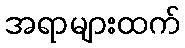
အရာများထက်